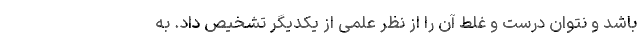
باشد و نتوان درست و غلط آن را از نظر علمی از یکدیگر تشخیص داد. به